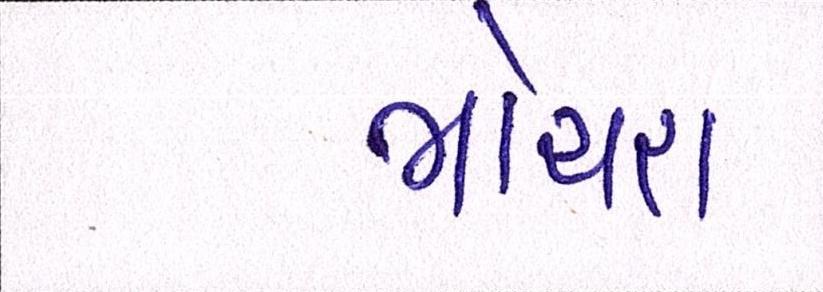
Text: ભોયરા